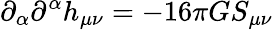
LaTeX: \partial_{\alpha}\partial^{\alpha}h_{\mu\nu}=-16\pi GS_{\mu\nu}